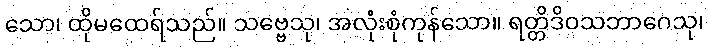
သော၊ ထိုမထေရ်သည်။ သဗ္ဗေသု၊ အလုံးစုံကုန်သော။ ရတ္တိဒိဝသဘာဂေသု၊